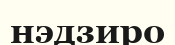
нэдзиро